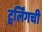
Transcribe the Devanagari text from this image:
ट्वर्लिंगची